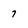
Character: 7